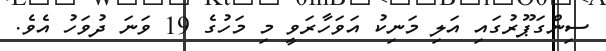
ސިންގަޕޫރުގައި އަލި މަނިިކު އަވަހާރަވީ މި މަހުގެ 19 ވަނަ ދުވަހު އެވެ.